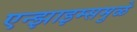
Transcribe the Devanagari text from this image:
एन्झाइम्समुळे